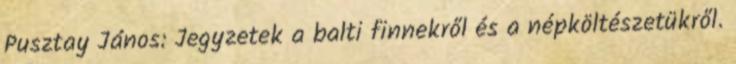
Pusztay János: Jegyzetek a balti finnekről és a népköltészetükről.